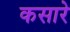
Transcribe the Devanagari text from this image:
कसारे